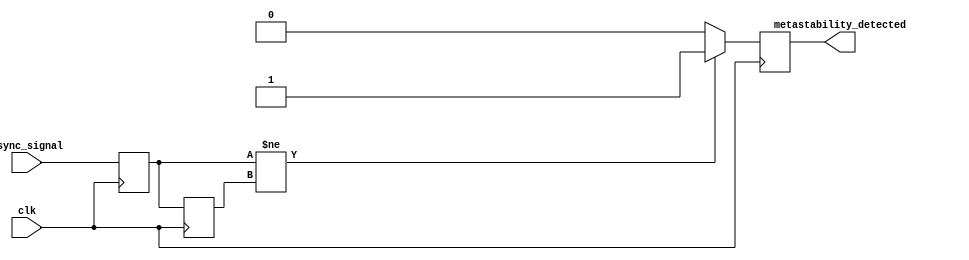
module metastability_detector (
    input wire clk,                // Clock signal
    input wire async_signal,       // Asynchronous input signal
    output reg metastability_detected // Metastability indicator output
);

    // Internal signals for the flip-flops
    reg ff1_out;                  // Output of the first flip-flop
    reg ff2_out;                  // Output of the second flip-flop

    // First flip-flop: samples the asynchronous signal
    always @(posedge clk) begin
        ff1_out <= async_signal;  // Latch the asynchronous signal
    end

    // Second flip-flop: samples the output of the first flip-flop
    always @(posedge clk) begin
        ff2_out <= ff1_out;        // Latch the output of the first flip-flop
    end

    // Metastability detection logic
    always @(posedge clk) begin
        // Check if the outputs of the two flip-flops differ
        if (ff1_out != ff2_out) begin
            metastability_detected <= 1'b1; // Metastability condition detected
        end else begin
            metastability_detected <= 1'b0; // No metastability condition
        end
    end

endmodule